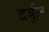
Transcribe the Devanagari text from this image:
दर्बुल